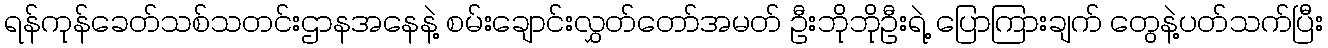
ရန်ကုန်ခေတ်သစ်သတင်းဌာနအနေနဲ့ စမ်းချောင်းလွှတ်တော်အမတ် ဦးဘိုဘိုဦးရဲ့ ပြောကြားချက် တွေနဲ့ပတ်သက်ပြီး